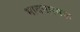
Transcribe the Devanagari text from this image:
भावनात्मक